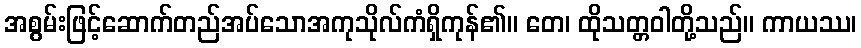
အစွမ်းဖြင့်ဆောက်တည်အပ်သောအကုသိုလ်ကံရှိကုန်၏။ တေ၊ ထိုသတ္တဝါတို့သည်။ ကာယဿ၊